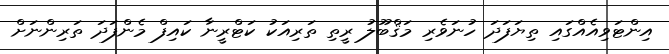
އިންޓަވިއެއްގައި ތިޔަފަދަ ހުނަވެރި މަޤްބޫލު ރީތި ތަރިއަކު ކަޓްރީނާ ކައިފް މެންފަދަ ތަރިންނަށް